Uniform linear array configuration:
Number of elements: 8
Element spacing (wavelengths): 0.75
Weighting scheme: exponential
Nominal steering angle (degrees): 60
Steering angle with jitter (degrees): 59.963
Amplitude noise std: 0.05
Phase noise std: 0.05

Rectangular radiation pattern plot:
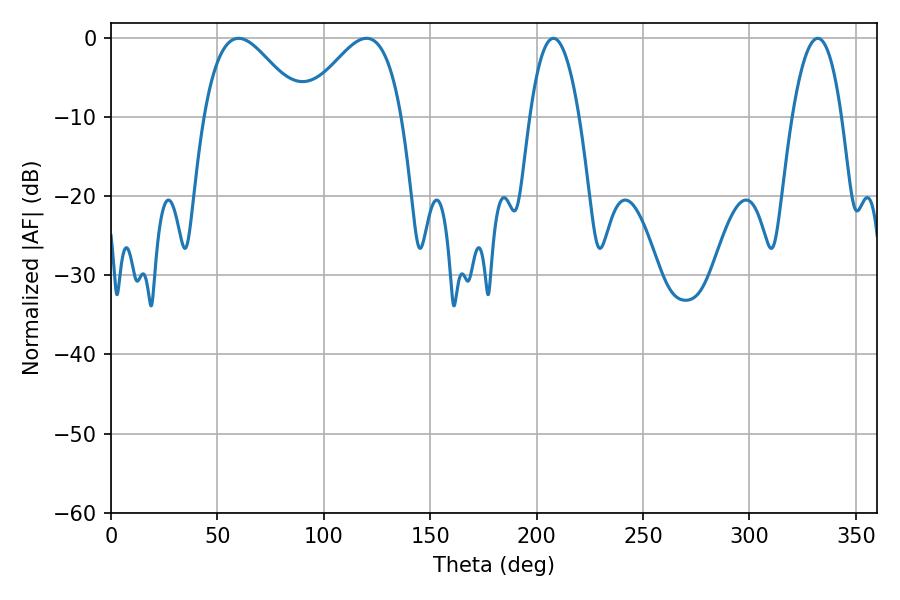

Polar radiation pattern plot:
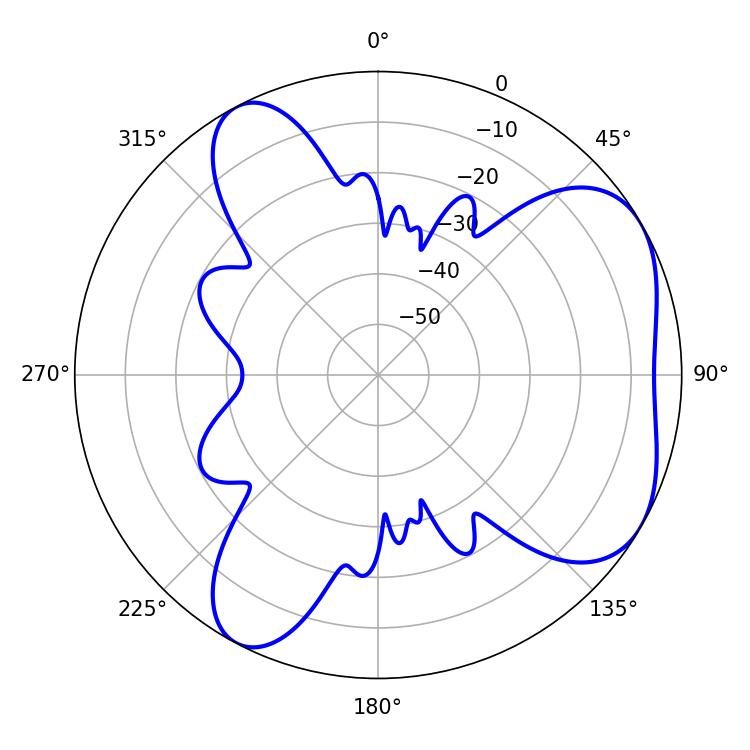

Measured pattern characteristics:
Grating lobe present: TRUE
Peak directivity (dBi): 5.13
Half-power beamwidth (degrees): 24.84
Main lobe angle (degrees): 59.94